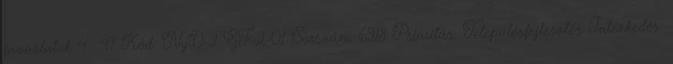
javaslatok 4 47 Kód: NyD-2-GF-2-01 Sorszám: 6918 Prioritás: Településfejlesztés Intézkedés: